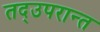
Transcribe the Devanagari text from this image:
तद्उपरान्त